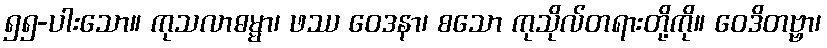
၅၅-ပါးသော။ ကုသလာဓမ္မာ၊ ဖဿ ဝေဒနာ၊ စသော ကုသိုလ်တရားတို့ကို။ ဝေဒိတဗ္ဗာ၊